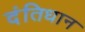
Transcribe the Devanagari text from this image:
दंतिधान